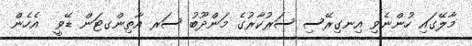
މާލޭގައި ހުންނެވި އިނގިރޭސި ސަރުކާރުގެ މަންދޫބު ސަރ އާތިންގޓަން ޑޭވީ  އެހެން